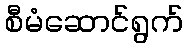
စီမံဆောင်ရွက်